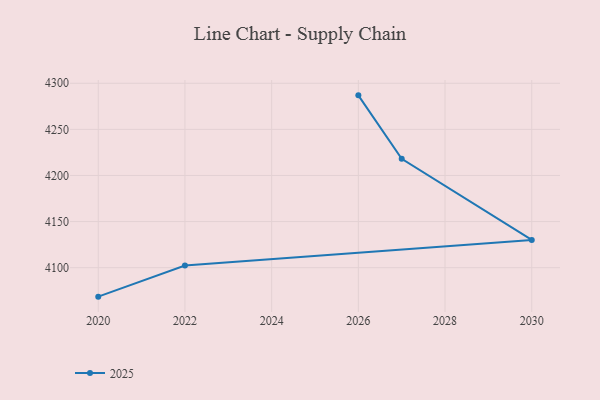
{"axis": {"x": "Year", "y": "Inventory Turnover"}, "legend": ["2025"], "data": [{"x": "2026", "y": 4286.9, "type": "2025"}, {"x": "2027", "y": 4218.1, "type": "2025"}, {"x": "2030", "y": 4130.1, "type": "2025"}, {"x": "2022", "y": 4102.4, "type": "2025"}, {"x": "2020", "y": 4068.6, "type": "2025"}]}